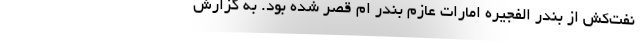
نفت‌کش از بندر الفجیره امارات عازم بندر ام قصر شده بود. به گزارش